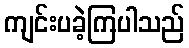
ကျင်းပခဲ့ကြပါသည်